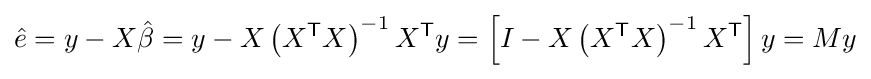
{\hat {e}}=y-X{\hat {\beta }}=y-X\left(X^{\textsf {T}}X\right)^{-1}X^{\textsf {T}}y=\left[I-X\left(X^{\textsf {T}}X\right)^{-1}X^{\textsf {T}}\right]y=My